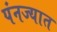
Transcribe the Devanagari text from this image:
पंनज्यात